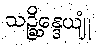
သဉ္ဆိန္ဒေယျုံ